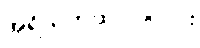
အရိယကထာ ၁၀-ပါး